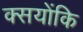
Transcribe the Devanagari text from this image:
क्सयोंकि